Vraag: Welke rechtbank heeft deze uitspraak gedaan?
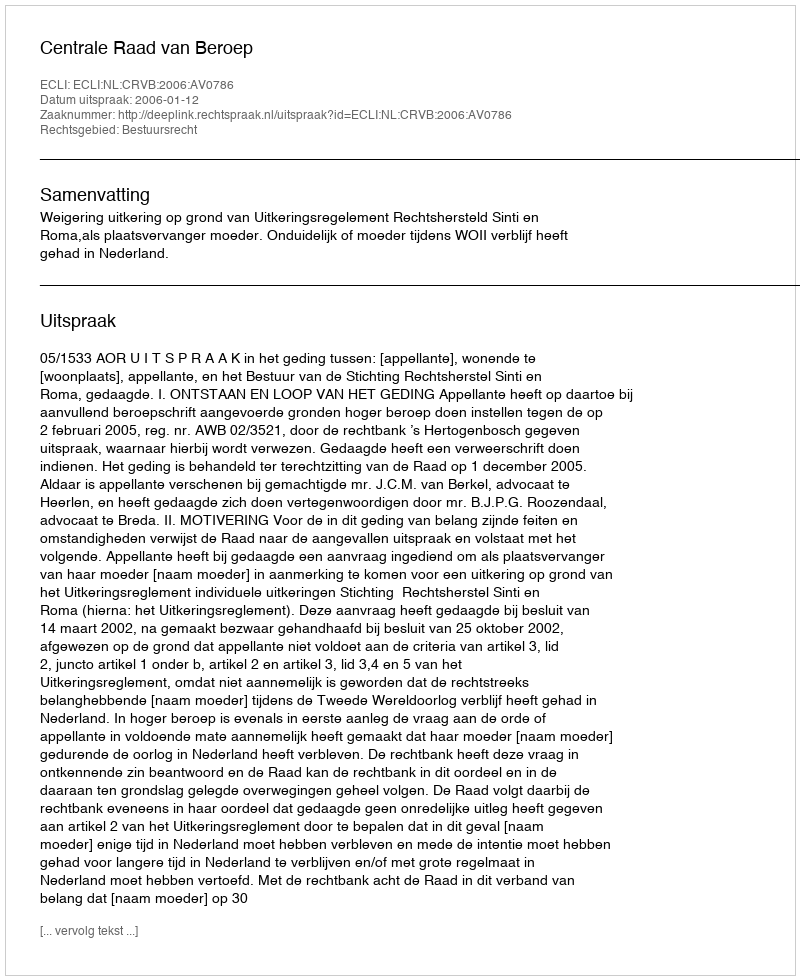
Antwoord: Centrale Raad van Beroep